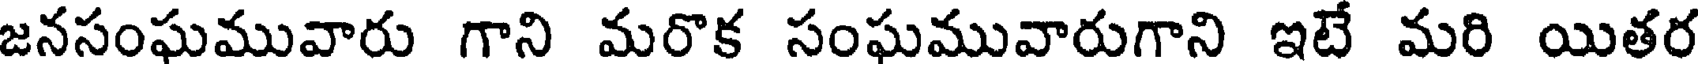
జనసంఘమువారు గాని మరొక సంఘమువారుగాని ఇటే మరి యితర